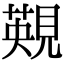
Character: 䚆